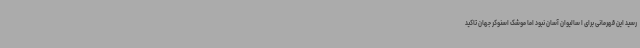
رسید این قهرمانی برای ا سالیوان آسان نبود اما موشک اسنوکر جهان تاکید